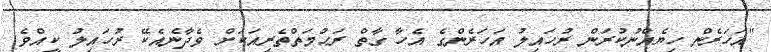
"އަހަރެން ހިޔެއްނުކުރަން ރުހައިލު އަހަރެންގެ އެހާ ގާތް ރަޙުމަތްތެރިއަކަށް ވެދާނެއެކޭ ރުހައިލު ކީއްވެ